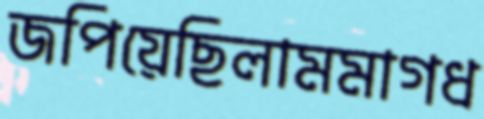
জপিয়েছিলামমাগধ